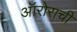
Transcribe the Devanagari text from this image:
ऑरोराची